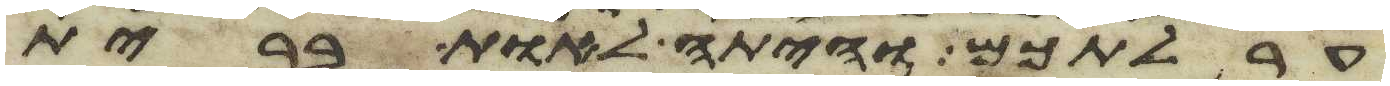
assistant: ערלתכם והיתה לאות ברית